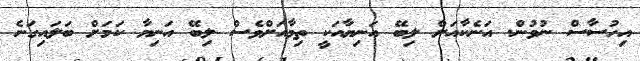
އިހުސާސް ނުވުން. އަނެކާއަށް ލިބޭ އަނިޔާއަކީ ތިމާއަށްވެސް ލިބޭ އަނިޔާ ކަމަށް ބަލައިގަނެ